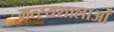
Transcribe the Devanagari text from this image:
मत्स्यशालाओं